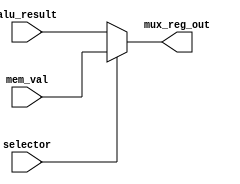
module mux_reg_write_val (

	input selector,				// mem read from control
	input [7:0] alu_result,		// result from alu operation
	input [7:0] mem_val,		// value extracted from memory ram

	output [7:0] mux_reg_out
);

reg [7:0] out;

always @ (selector or mem_val or alu_result) begin
	// mem read low, send alu result as write value
	if (selector == 1'b0) begin
		out = alu_result;
	end
	// mem read high, send value from memory
	else begin
		out = mem_val; 
	end
end

assign mux_reg_out = out;

endmodule